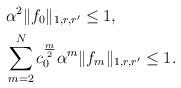
LaTeX: \begin{align*}&\alpha^2\|f_0\|_{1,r,r'}\le 1,\\&\sum_{m=2}^Nc_0^{\frac{m}{2}}\alpha^m\|f_m\|_{1,r,r'}\le 1.\end{align*}